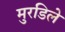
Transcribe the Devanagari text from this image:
मुरडिले